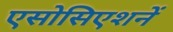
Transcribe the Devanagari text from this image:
एसोसिएशनें